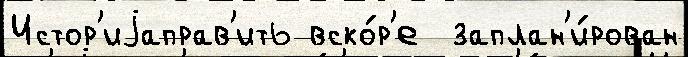
Истор'иjаправ'ить вско́р'е  заплан'и́рован